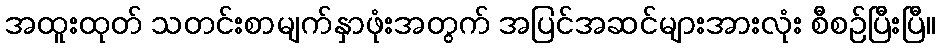
အထူးထုတ် သတင်းစာမျက်နှာဖုံးအတွက် အပြင်အဆင်များအားလုံး စီစဉ်ပြီးပြီ။